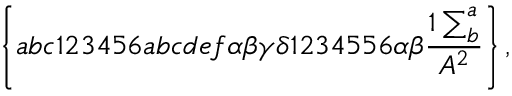
\left\{ a b c 1 2 3 4 5 6 a b c d e f \alpha \beta \gamma \delta 1 2 3 4 5 5 6 \alpha \beta \frac { 1 \sum _ { b } ^ { a } } { A ^ { 2 } } \right\} ,